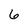
Character: 6